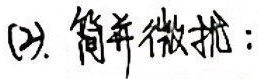
(2). 简并微扰：